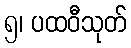
၅၊ ပထဝီသုတ်